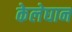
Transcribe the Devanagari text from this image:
केलेघान